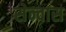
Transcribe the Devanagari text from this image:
सेन्वास